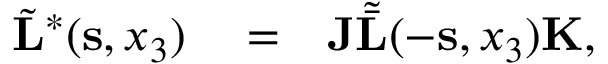
\begin{array} { r l r } { \tilde { \bf L } ^ { * } ( { \bf s } , x _ { 3 } ) } & { { } = } & { { \bf J } { \tilde { \bar { \bf L } } } ( - { \bf s } , x _ { 3 } ) { \bf K } , } \end{array}